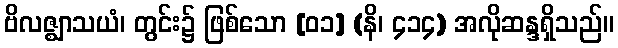
ဗိလဇ္ဈာသယံ၊ တွင်း၌ ဖြစ်သော [၀၁] (နိ၊ ၄၁၄) အလိုဆန္ဒရှိသည်။